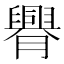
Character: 臖